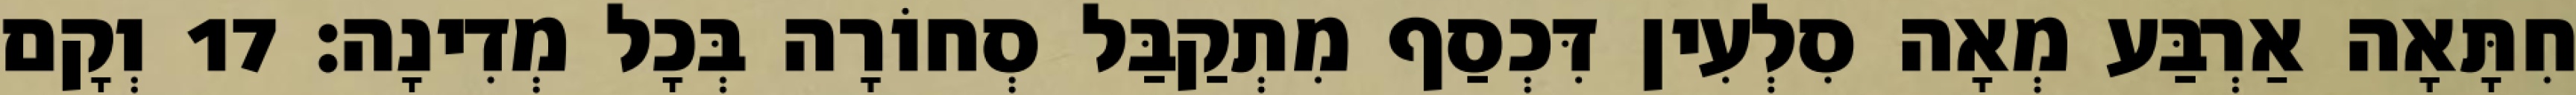
חִתָּאָה אַרְבַּע מְאָה סִלְעִין דִּכְסַף מִתְקַבַּל סְחוֹרָה בְּכָל מְדִינָה׃ 17 וְקָם